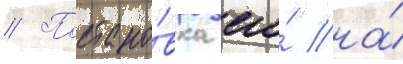
// Постано́вка его́ на́